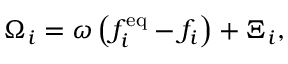
\Omega _ { i } = \omega \left( f _ { i } ^ { \mathrm { e q } } - f _ { i } \right) + \Xi _ { i } ,